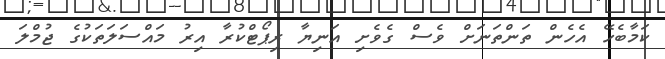
ކަމާބެހޭ އެހެން ތަންތަނަށް ވެސް ގެވެށި އަނިޔާ ރިޕޯޓްކުރާ އިރު މައްސަލަތަކުގެ ޖުމްލަ